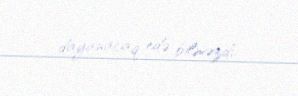
dayanacaq edə bilməzdi.